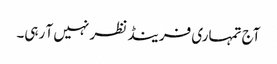
آج تمہاری فرینڈ نظر نہیں آ رہی۔